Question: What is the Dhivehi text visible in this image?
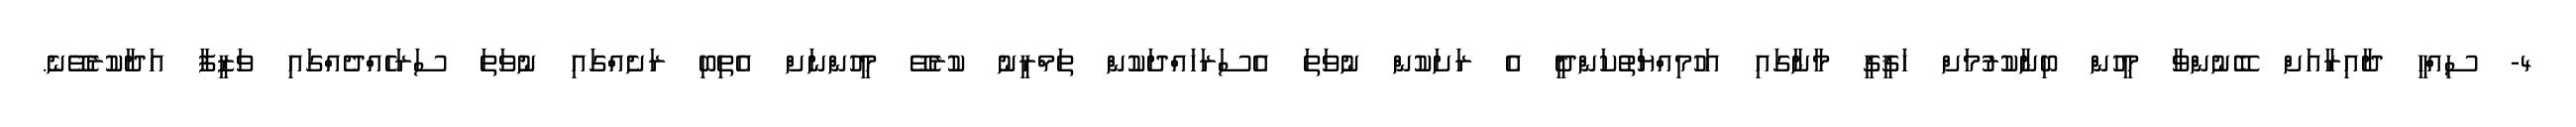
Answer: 4- ސިއްހީ ދާއިރާއަށް ބޭނުންވާ މީހުން ބިނާކުރުމަށް ހަޤީގީ މާނާގައި އަހުމިއްޔަތުކަންދީ އެ ރަށަކުން ނުވަތަ އެސަރަހައްދަކުން ތަމްރީނު ކުރެވޭ މީހުންނަށް އެތިބި ރަށެއްގައި ނުވަތަ ސަރަހެއްދެއްގައި ވަޒީފާ އަދާކުރެވޭނެ.